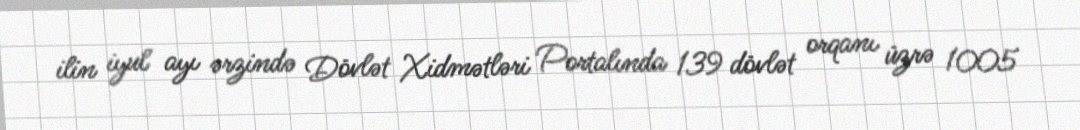
ilin iyul ayı ərzində Dövlət Xidmətləri Portalında 139 dövlət orqanı üzrə 1005